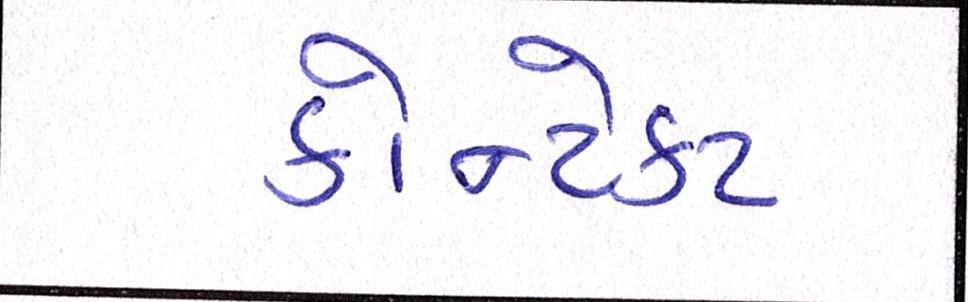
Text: કોન્ટેકટ